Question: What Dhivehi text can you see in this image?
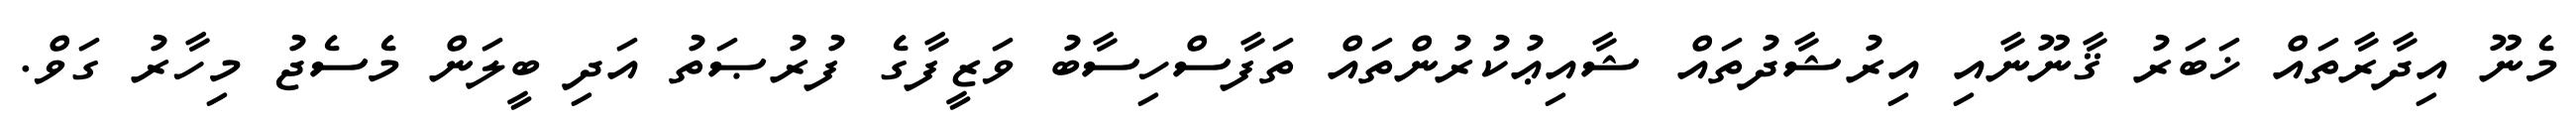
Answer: މެނޫ އިދާރާތައް ޚަބަރު ޤާނޫނާއި އިރުޝާދުތައް ޝާއިޢުކުރުންތައް ތަފާސްހިސާބު ވަޒީފާގެ ފުރުޞަތު އަދި ބީލަން މެސެޖު މިހާރު ގަވް.